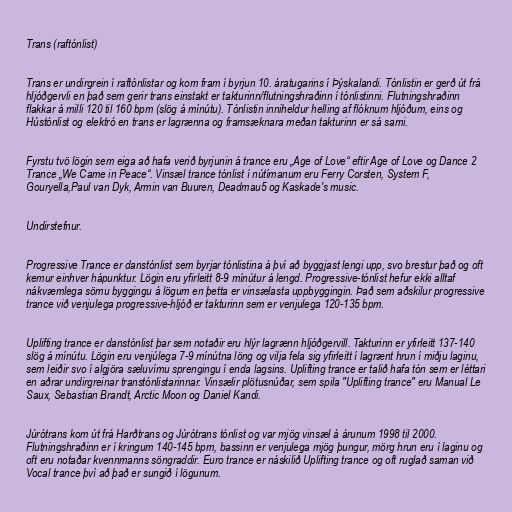
Trans (raftónlist)

Trans er undirgrein í raftónlistar og kom fram í byrjun 10. áratugarins í Þýskalandi. Tónlistin er gerð út frá
hljóðgervli en það sem gerir trans einstakt er takturinn/flutningshraðinn í tónlistinni. Flutningshraðinn
flakkar á milli 120 til 160 bpm (slög á mínútu). Tónlistin inniheldur helling af flóknum hljóðum, eins og
Hústónlist og elektró en trans er lagrænna og framsæknara meðan takturinn er sá sami.

Fyrstu tvö lögin sem eiga að hafa verið byrjunin á trance eru „Age of Love“ eftir Age of Love og Dance 2
Trance „We Came in Peace“. Vinsæl trance tónlist í nútímanum eru Ferry Corsten, System F,
Gouryella,Paul van Dyk, Armin van Buuren, Deadmau5 og Kaskade's music.

Undirstefnur.

Progressive Trance er danstónlist sem byrjar tónlistina á því að byggjast lengi upp, svo brestur það og oft
kemur einhver hápunktur. Lögin eru yfirleitt 8-9 mínútur á lengd. Progressive-tónlist hefur ekki alltaf
nákvæmlega sömu byggingu á lögum en þetta er vinsælasta uppbyggingin. Það sem aðskilur progressive
trance við venjulega progressive-hljóð er takturinn sem er venjulega 120-135 bpm.

Uplifting trance er danstónlist þar sem notaðir eru hlýr lagrænn hljóðgervill. Takturinn er yfirleitt 137-140
slög á mínútu. Lögin eru venjúlega 7-9 mínútna löng og vilja fela sig yfirleitt í lagrænt hrun í miðju laginu,
sem leiðir svo í algjöra sæluvímu sprengingu í enda lagsins. Uplifting trance er talið hafa tón sem er léttari
en aðrar undirgreinar transtónlistarinnar. Vinsælir plötusnúðar, sem spila "Uplifting trance" eru Manual Le
Saux, Sebastian Brandt, Arctic Moon og Daniel Kandi.

Júrótrans kom út frá Harðtrans og Júrótrans tónlist og var mjög vinsæl á árunum 1998 til 2000.
Flutningshraðinn er í kringum 140-145 bpm, bassinn er venjulega mjög þungur, mörg hrun eru í laginu og
oft eru notaðar kvennmanns söngraddir. Euro trance er náskilið Uplifting trance og oft ruglað saman við
Vocal trance því að það er sungið í lögunum.